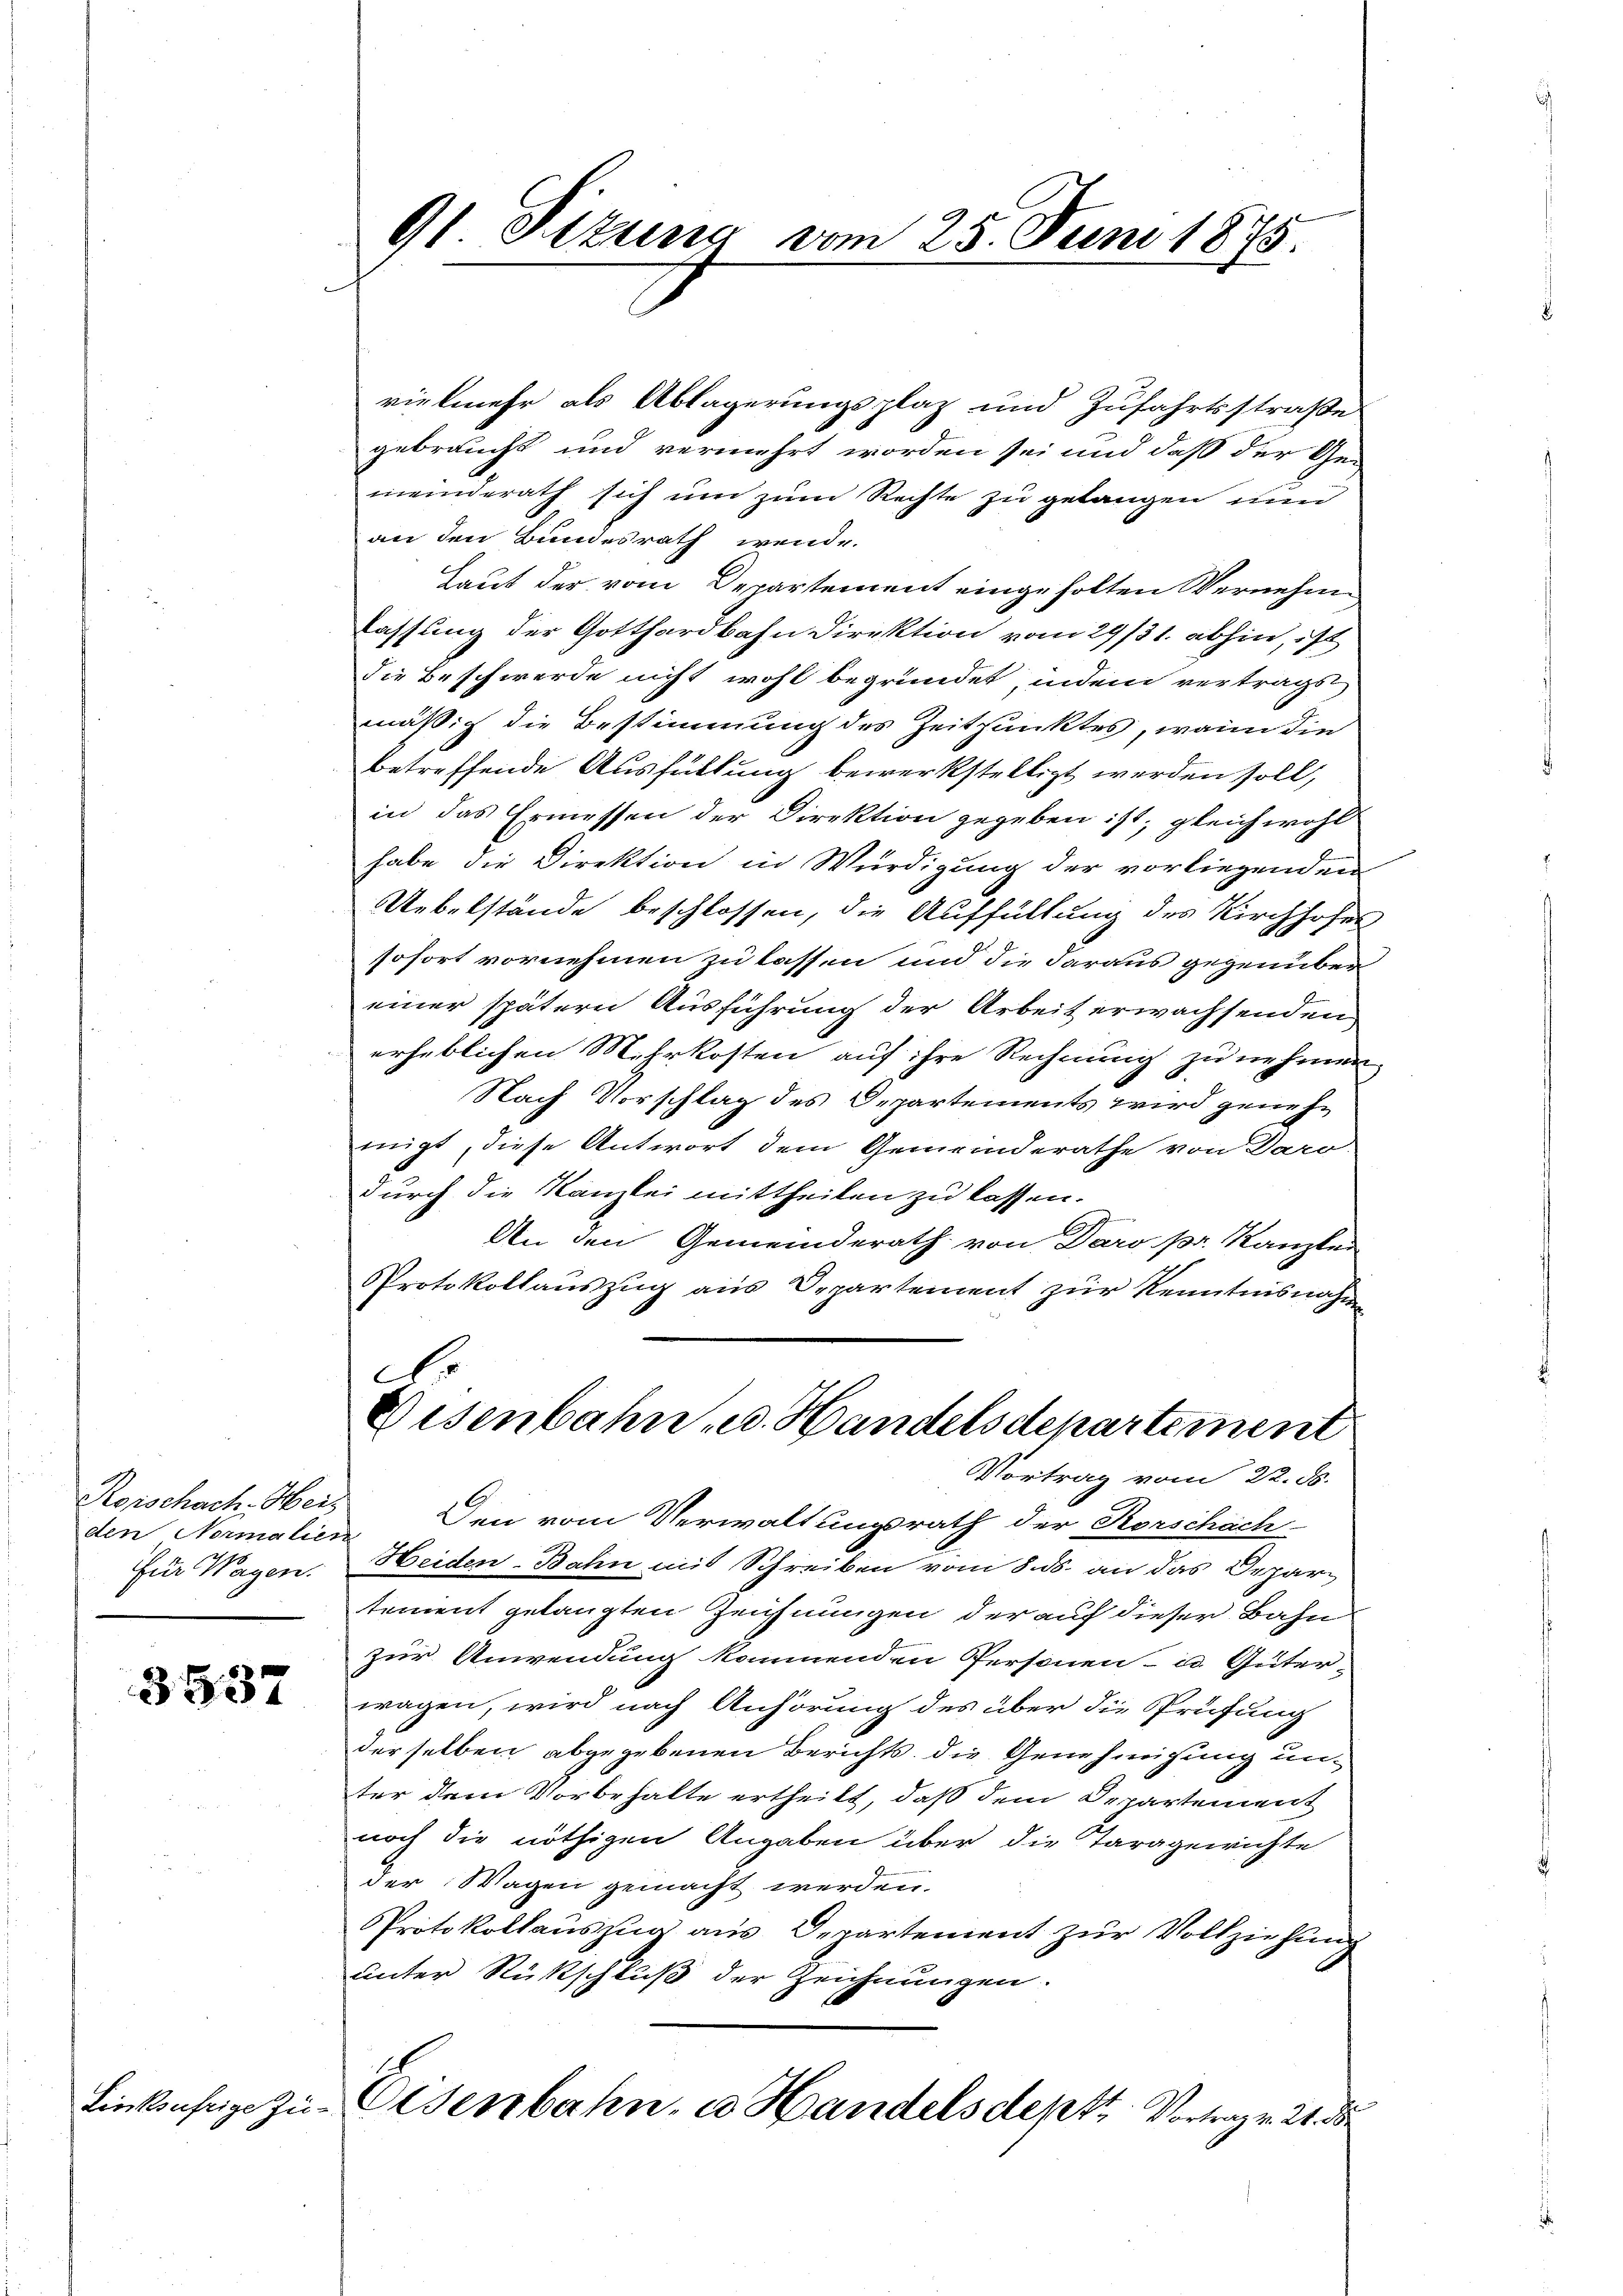
Rorschach. Heiz
den Normalier
Für Wagen.

3537

Linksufrige Zi

91 Sitzung vom 25. Juni 1875.

vielmehr als Ablagerungsplaz und Zufahrtsstraße
gebraucht und vermehrt worden sei und daß der Ge-
meinderath sich um zum Rechte zu gelangen nu
an den Bundesrath wende.
Haut der vom Departement eingeholten Vernehm
lassung der Gotthardbahn Direktion vom 29/31. abhin, ist
Die Beschwerde nicht wohl begründet, indem vertragst
mäßig die Bestimmung des Zeitpunktes, wann die
betreffende Ausfüllung bewerkstelligt werden soll,
in das Ermessen der Direktion gegeben ist; gleichwohl
habe die Direktion in Würdigung der vorliegenden
Uebelstände beschlossen, die Auffüllung des Kirchhofes
sofort vornehmen zu lassen und die daraus gegenüber
einer spätern Ausführung der Arbeit erwachsenden
erheblichen Mehrkosten auf ihre Rechnung zu nehmen
Nach Vorschlag des Departements wird genehmigt, diese Antwort dem Gemeinderathe von Daro-
durch die Kanzlei mittheilen zu lassen.
An den Gemeinderath von Daro pr. Kanzlei
Protokollauszug aus Departement zur Kenntnisnahme
o
Disenbahn u. Handelsdepartement
Vortrag vom 22. ds.
Den vom Verwaltungsrath der Rorschach-
Heiden-Bahn mit Schreiben vom 8. ds. an das Departement gelangten Zeichnungen der auf dieser Bahn
zur Anwendung kommenden Personen- u. Güter-
wagen, wird nach Anhörung des über die Prüfung
derselben abgegebenen Berichts die Genehmigung un-
ter dem Vorbehalte ertheilt, daß dem Departement
noch die nöthigen Angaben über die Taragerichte
der Wagen gemacht werden.
Protokollauszug aus Departement zur Vollziehung
unter Rückschluß der Zeichnungen.
Eisenbahn, u. Handelsdept Vortrag v. 21. d